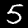
Label: 5